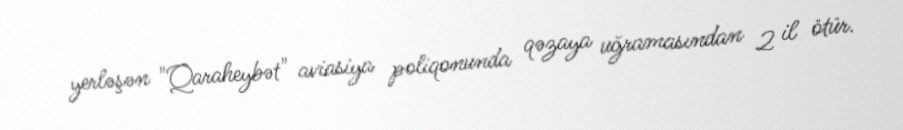
yerləşən "Qaraheybət" aviasiya poliqonunda qəzaya uğramasından 2 il ötür.